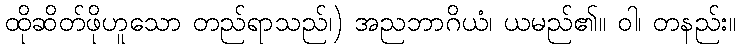
ထိုဆိတ်ဖိုဟူသော တည်ရာသည်၊) အညဘာဂိယံ၊ ယမည်၏။ ဝါ၊ တနည်း။